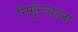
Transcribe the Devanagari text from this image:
निर्गुन्त्वाला